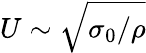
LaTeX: U\sim\sqrt{\sigma_{0}/\rho}